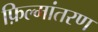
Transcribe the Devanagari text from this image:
फ़िल्मांतरण